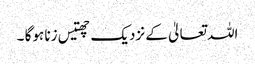
اللہ تعالیٰ کے نزدیک چھتیس زنا ہوگا ۔